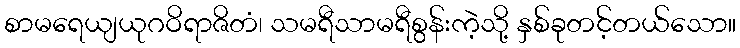
စာမရေယျယုဂဝိရာဇိတံ၊ သမရီသာမရီစွန်းကဲ့သို့ နှစ်ခုတင့်တယ်သော။